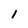
Character: 1